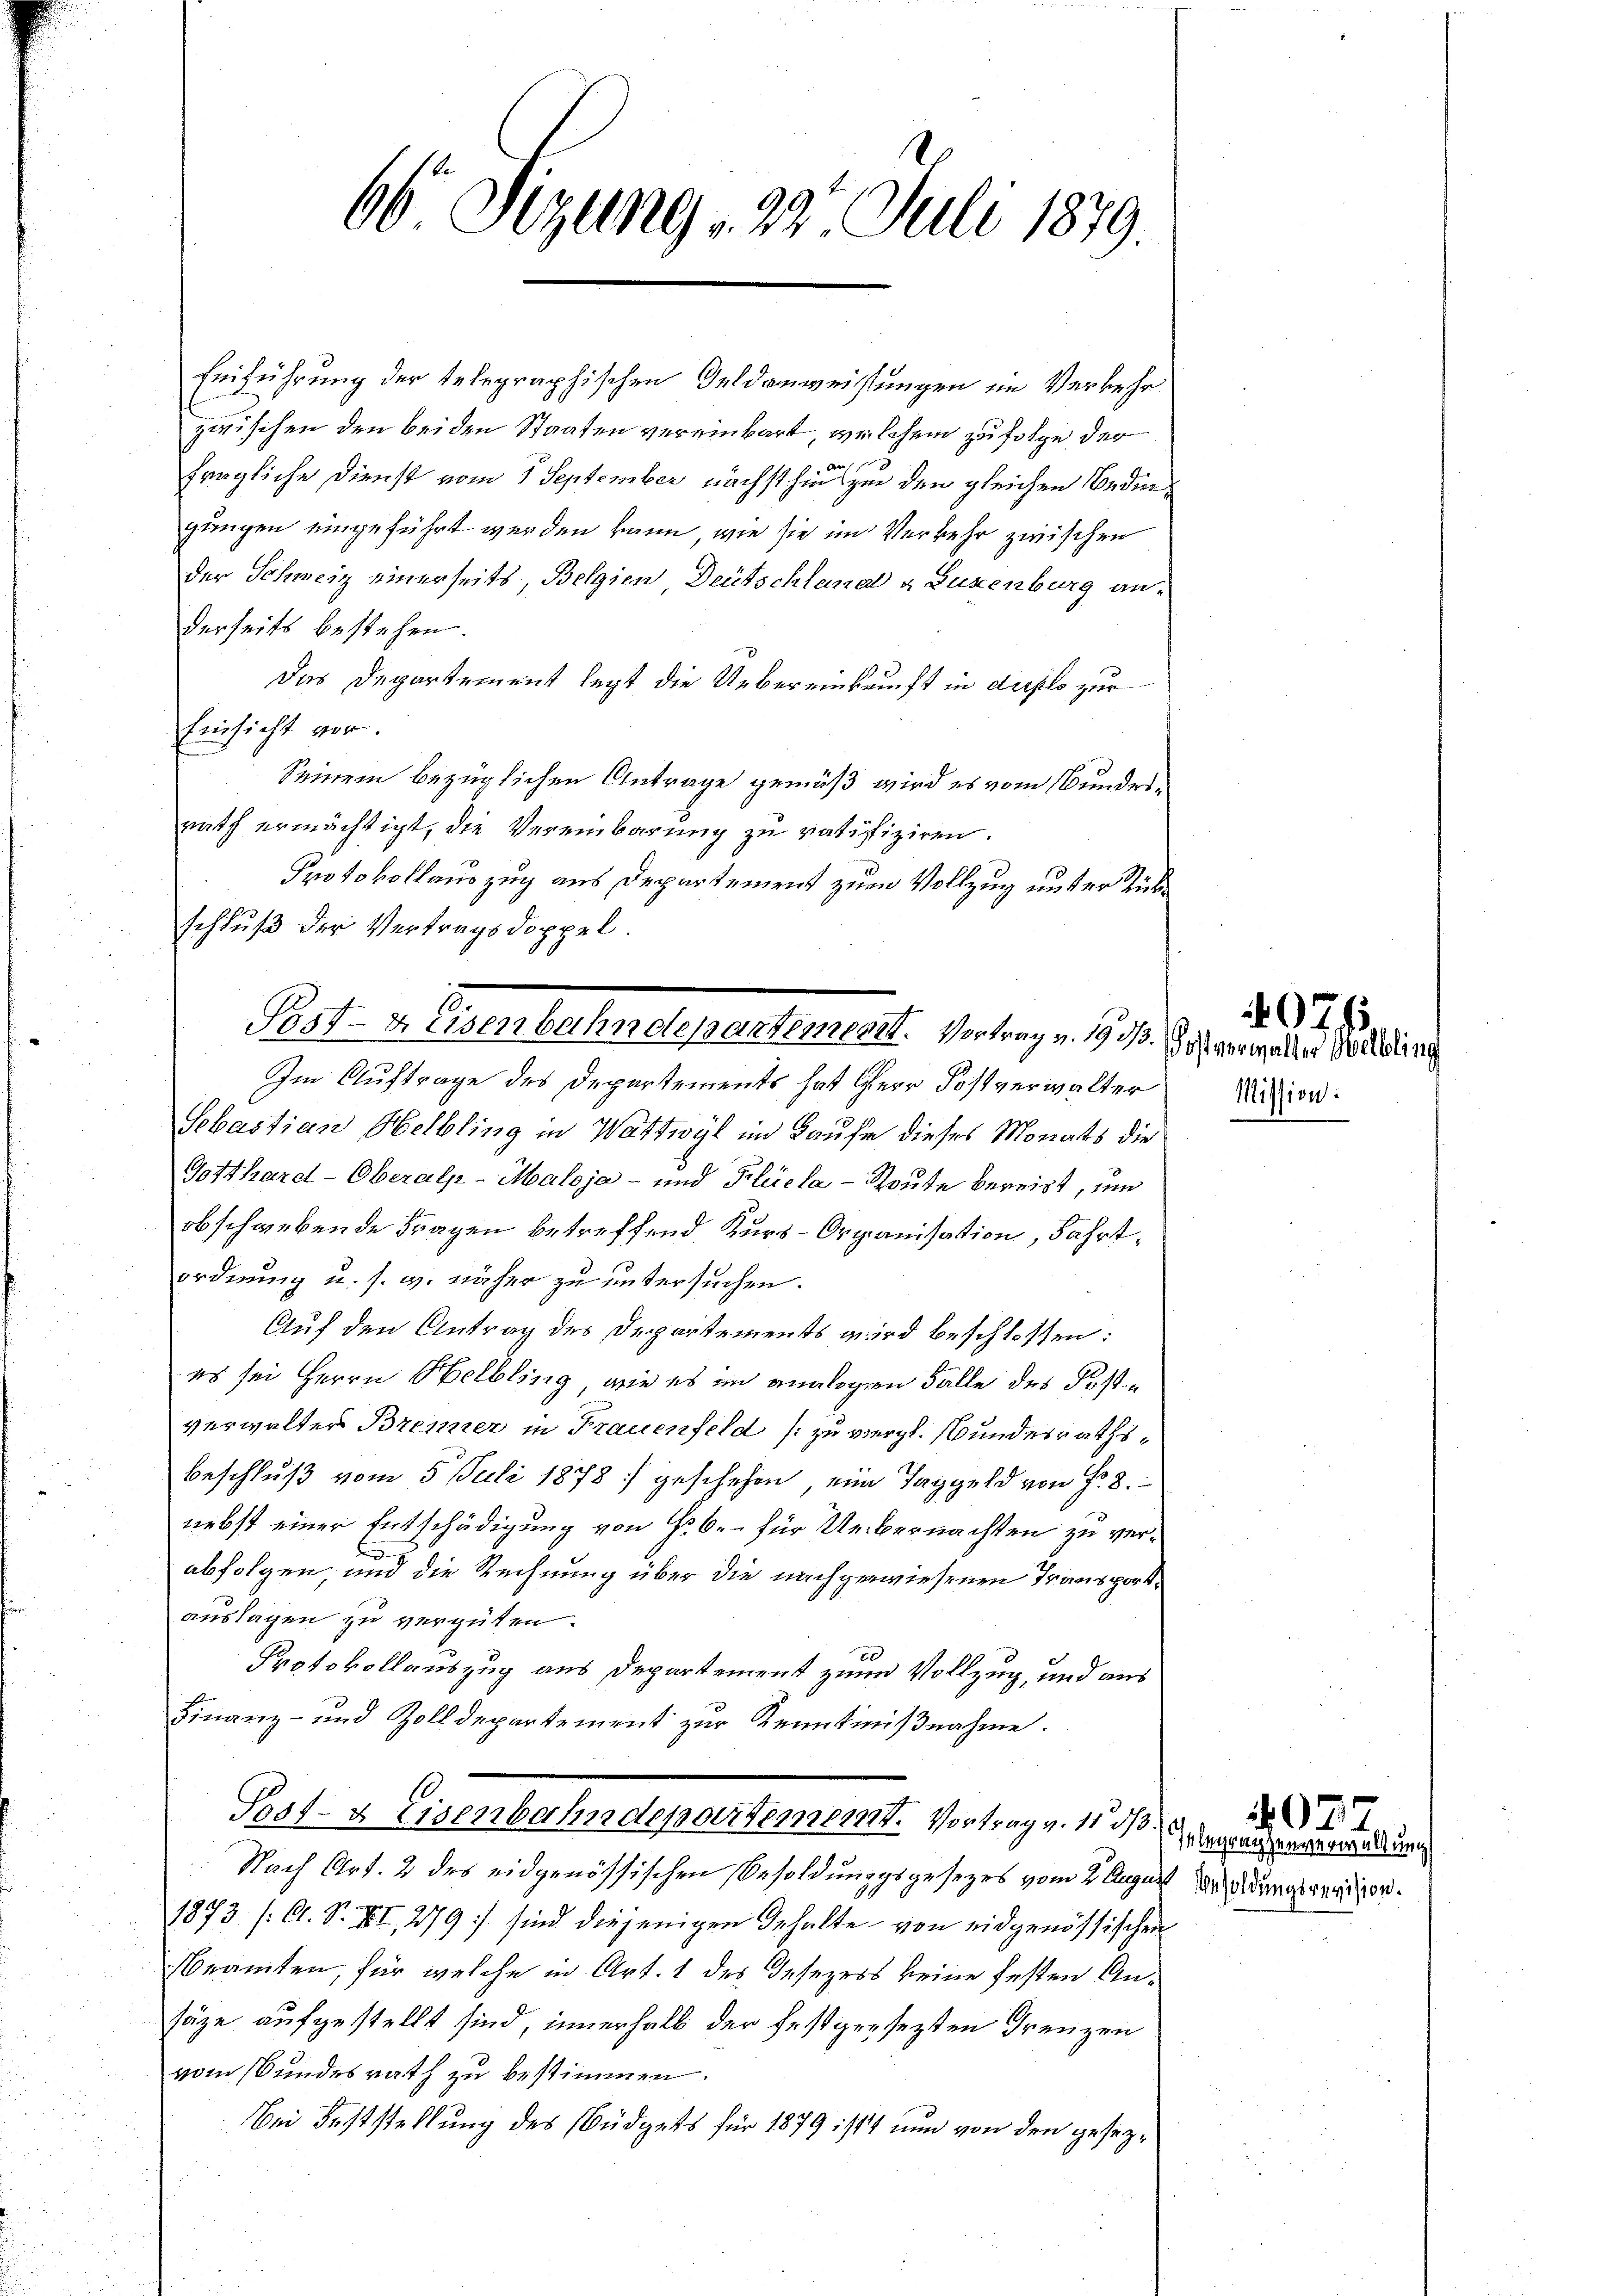
Einführung der telegraphischen Geldanweistungen im Verkehr
zwischen den beiden Staaten vereinbart, welchem zufolge der
de 11
fragliche Dienst vom 1 September nächsthin zur den gleichen Bedingungen eingeführt werden kann, wie sie im Verkehr zwischen
der Schweiz einerseits, Belgien Deutschlanal a Luxenburg anderseits bestehen.
Das Departement legt die Uebereinkunft in duplo zur
Einsicht vor.
Seinem bezüglichen Antrage gemäß wird es vom Bunderrath ermächtigt, die Vereinbarung zu ratifiziren.
Protokollauszug aus Departement zum Vollzug unter Rückschluß der Vertragsdoppel.
Im Auftrage des Departements hat Herr Postverwalter
Sebastian Helbling in Wattwyl im Laufe dieses Monats die
Gotthard-Oberalp-Maloja - und Flüela - Route bereit, und
obschgebende Fragen betreffend Kurs-Organisation, Fahrtordnung u. s. w. näher zu untersuchen.
Auf den Antrag des Departements wird beschlossen:
es sei Herrn Helbling, wie es im analogen Falle des Postverwalter Brenner in Frauenfeld (zu vergl. Bundesrathsbeschluß vom 5. Juli 1878 geschehen, eine Taggeld von Fr. 8.
nebst einer Entschädigung von Fr. 6. – für Uebernachten zu ver¬
u
abfolgen, und die Rechnung über die nachgewiesenen Transportauslagen zu vergüten.
Protokollauszug aus Departement zum Vollzug, und aus
Finanz- und Zolldepartement zur Kenntnißnahme.
s
Sost- & Eisenbahndepartement. Vortrag v. 11 d
Nach Art. 2 des eidgenössischen Besoldungsgesezes vom 2. August Weidungsvertigen.
1873 (O. S. VII, 279) sind diejenigen Gehalte von eidgenössischen
beamten, für welche in Art. 1 des Gesezers keine festen Ansäge aufzustellt sind, innerhalb der festgesezten Grenzen
vom Bundesrath zu bestimmen.
Bei Feststellung des Büdgets für 1879 ist nun von den gesez¬

66. Sizung , 22. Juli 1879.

Sost- & Eisenbahndepartement. Vertrag v. 19 dß. Das verander Voll die

Mission:

07.

Inbegrenzenverwaltung

077.